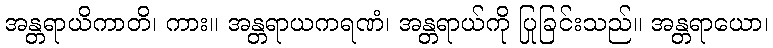
အန္တရာယိကာတိ၊ ကား။ အန္တရာယကရဏံ၊ အန္တရာယ်ကို ပြုခြင်းသည်။ အန္တရာယော၊